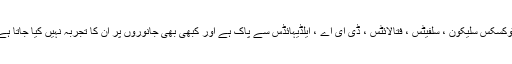
ٹوکسکس سلیکون ، سلفیٹس ، فتالائٹس ، ڈی ای اے ، ایلڈیہائڈس سے پاک ہے اور کبھی بھی جانوروں پر ان کا تجربہ نہیں کیا جاتا ہے۔